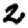
Digit: 2